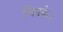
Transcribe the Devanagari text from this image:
चिपके।